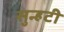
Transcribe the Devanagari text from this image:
सुन्हटी